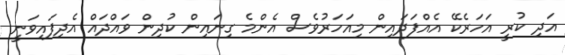
އަދި ކުރީ އަހަރެކޭ އެއްފަދައިން މިއަހަރުވެސް އެންމެ ގިނައިން ކުދިން ވައްދައް އެދިފައިވަނީ